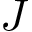
J